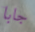
جابا